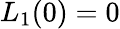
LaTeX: L_{1}(0)=0